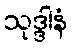
သုဒ္ဒါနံ